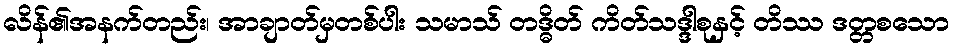
လိန်၏အနက်တည်း၊ အာချာတ်မှတစ်ပါး သမာသ် တဒ္ဓိတ် ကိတ်သဒ္ဒါစုနှင့် တိဿ ဒတ္တစသော